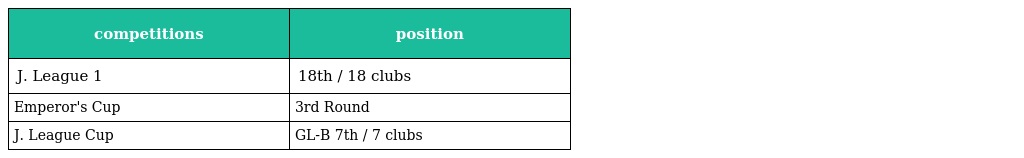
| competitions | position |
 | --- | --- |
 | J. League 1 | 18th / 18 clubs |
 | Emperor's Cup | 3rd Round |
 | J. League Cup | GL-B 7th / 7 clubs |